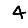
Digit: 4